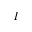
\boldsymbol { I }